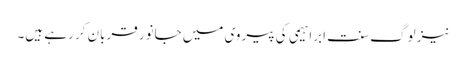
نیز لوگ سنت ابراہیمی کی پیروی میں جانور قربان کر رہے ہیں۔